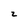
Character: z